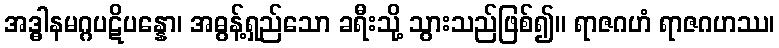
အဒ္ဓါနမဂ္ဂပဋိပန္နော၊ အဓွန့်ရှည်သော ခရီးသို့ သွားသည်ဖြစ်၍။ ရာဇဂဟံ ရာဇဂဟဿ၊